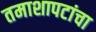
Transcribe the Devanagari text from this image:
तमाशापटांचा